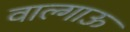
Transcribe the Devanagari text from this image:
वाल्गाऊ